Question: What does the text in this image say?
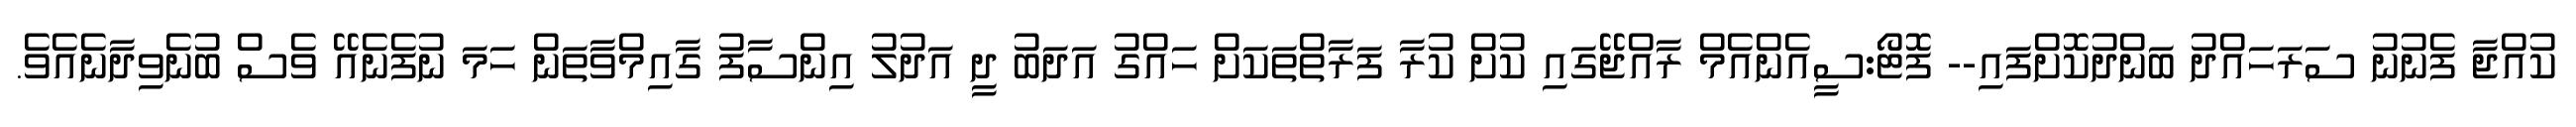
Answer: ކުއްޖާ ފެނުނު ސަރަހައްދު ބަންދުކޮށްފައި-- ފޮޓޯ:ސީއެންއެމް ރާއްޖޭގައި ކުށް ކުރާ ފަރާތްތަކަށް ހައްގު އަދަބު ދީ އަދުލު އިންސާފު ގާއިމްވާތަން ހަމަ ނުފެނެއޭ ވެސް ބުނެވިދާނެއެވެ.